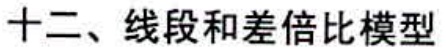
十二、线段和差倍比模型